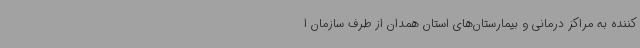
کننده به مراکز درمانی و بیمارستان‌های استان همدان از طرف سازمان ا